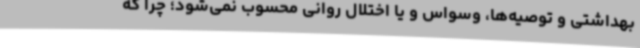
بهداشتی و توصیه‌ها، وسواس و یا اختلال روانی محسوب نمی‌شود؛ چرا که